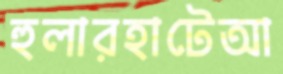
হুলারহাটেআ